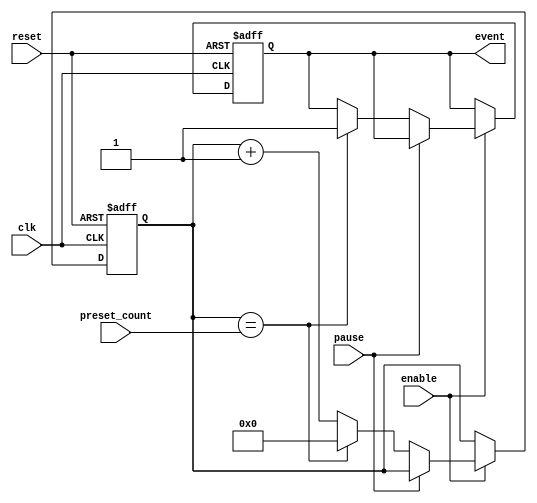
module EventTimer (
    input wire clk,
    input wire reset,
    input wire enable,
    input wire pause,
    input wire [15:0] preset_count,
    output reg event
);

reg [15:0] count;

always @(posedge clk or posedge reset) begin
    if (reset) begin
        count <= 16'h0;
        event <= 1'b0;
    end else if (enable) begin
        if (pause) begin
            // do nothing
        end else begin
            if (count == preset_count) begin
                event <= 1'b1;
                count <= 16'h0;
            end else begin
                count <= count + 1;
            end
        end
    end
end

endmodule